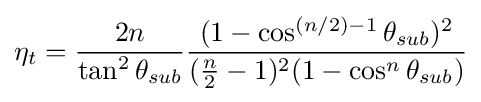
\eta _{t}={\frac {2n}{\tan ^{2}{\theta _{sub}}}}{\frac {(1-\cos ^{(n/2)-1}{\theta _{sub}})^{2}}{({\frac {n}{2}}-1)^{2}(1-\cos ^{n}{\theta _{sub}})}}